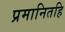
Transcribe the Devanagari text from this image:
प्रमानितहि